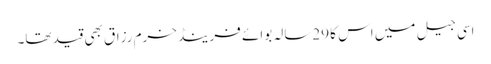
اسی جیل میں اس کا 29سالہ بوائے فرینڈ خرم رزاق بھی قید تھا۔